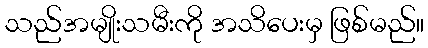
သည်အမျိုးသမီးကို အသိပေးမှ ဖြစ်မည်။